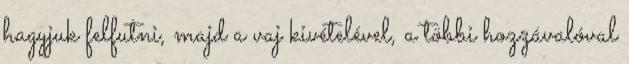
hagyjuk felfutni, majd a vaj kivételével, a többi hozzávalóval